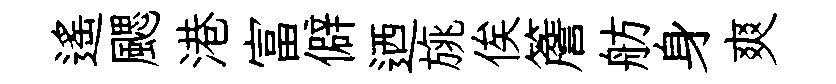
遙颸港富僻迺旐俟簷舫身爽